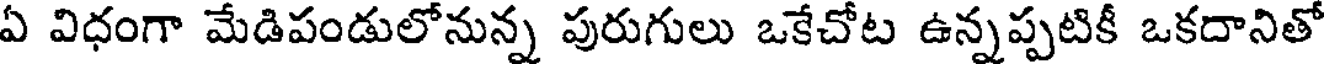
ఏ విధంగా మేడిపండులోనున్న పురుగులు ఒకేచోట ఉన్నప్పటికీ ఒకదానితో